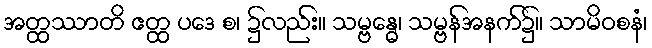
အတ္ထဿာတိ ဧတ္ထ ပဒေ စ၊ ၌လည်း။ သမ္ဗန္ဓေ၊ သမ္ဗန်အနက်၌။ သာမိဝစနံ၊